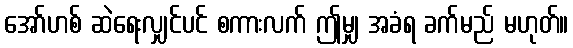
အော်ဟစ် ဆဲရေးလျှင်ပင် စကားလက် ဤမျှ အခံရ ခက်မည် မဟုတ်။